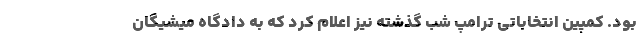
بود. کمپین انتخاباتی ترامپ شب گذشته نیز اعلام کرد که به دادگاه میشیگان